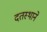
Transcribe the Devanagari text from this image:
दतस्थाने